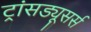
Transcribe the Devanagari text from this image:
ट्रांसड्यूसर्स